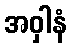
အဝှါနံ